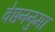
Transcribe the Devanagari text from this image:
वेष्टननुमा